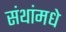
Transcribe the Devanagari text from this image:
संथांमधे